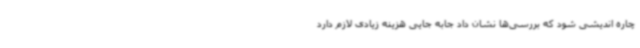
چاره اندیشی شود که بررسی‌ها نشان داد جابه جایی هزینه زیادی لازم دارد